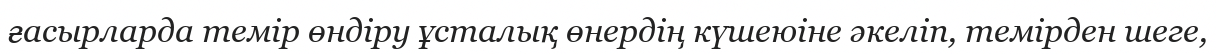
ғасырларда темір өндіру ұсталық өнердің күшеюіне әкеліп, темірден шеге,